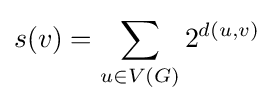
s(v)=\sum _{u\in V(G)}2^{d(u,v)}